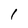
Character: 1